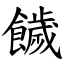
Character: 饖